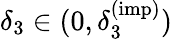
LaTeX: \delta_{3}\in(0,\delta_{3}^{(\mathrm{imp})})